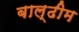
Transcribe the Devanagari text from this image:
बाल्ढीम